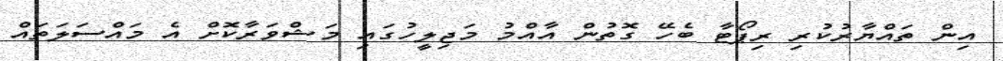
އިން ތައްޔާރުކުރި ރިޕޯޓާ ބެހޭ ގޮތުން އާއްމު މަޖިލީހުގައި މަޝްވަރާކޮށް އެ މައްސަލަތައް